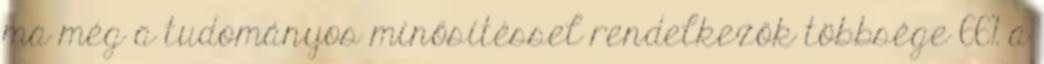
ma még a tudományos minősítéssel rendelkezők többsége 66% a